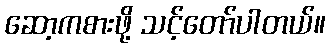
ဆော့ကစားဖို့ သင့်တော်ပါတယ်။